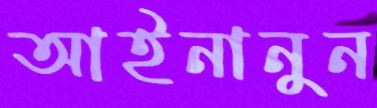
আইনানুন